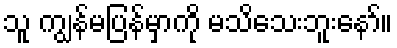
သူ ကျွန်မပြန်မှာကို မသိသေးဘူးနော်။